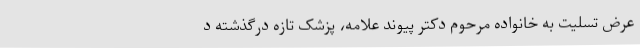
عرض تسلیت به خانواده مرحوم دکتر پیوند علامه، پزشک تازه درگذشتهٔ د